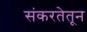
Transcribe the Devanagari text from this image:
संकरतेतून